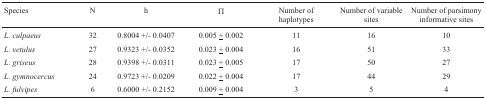
<table><thead><tr><td><b>Species</b></td><td><b>N</b></td><td><b>h</b></td><td><b>Π</b></td><td><b>Number of haplotypes</b></td><td><b>Number of variable sites</b></td><td><b>Number of parsimony informativesites</b></td></tr></thead><tbody><tr><td><i>L. culpaeus</i></td><td>32</td><td>0.8004 +/- 0.0407</td><td>0.005 ± 0.002</td><td>11</td><td>16</td><td>10</td></tr><tr><td><i>L. vetulus</i></td><td>27</td><td>0.9323 +/- 0.0352</td><td>0.023 ± 0.004</td><td>16</td><td>51</td><td>33</td></tr><tr><td><i>L. griseus</i></td><td>28</td><td>0.9398 +/- 0.0311</td><td>0.023 ± 0.005</td><td>17</td><td>50</td><td>27</td></tr><tr><td><i>L. gymnocercus</i></td><td>24</td><td>0.9723 +/- 0.0209</td><td>0.022 ± 0.004</td><td>17</td><td>44</td><td>29</td></tr><tr><td><i>L. fulvipes</i></td><td>6</td><td>0.6000 +/- 0.2152</td><td>0.009 ± 0.004</td><td>3</td><td>5</td><td>4</td></tr></tbody></table>